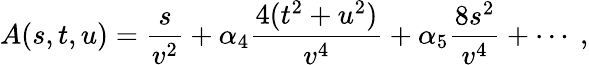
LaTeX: A(s,t,u)=\frac{s}{v^{2}}+\alpha_{4}\frac{4(t^{2}+u^{2})}{v^{4}}+\alpha_{5}\frac{8s^{2}}{v^{4}}+\cdots~,